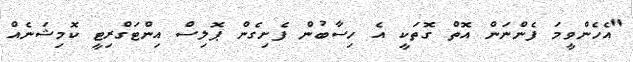
"އެހެންވީމަ ފެންނަން އޮތް ގޮތަކީ އެ ހިސާބުން ފެށިގެން ޕޮލިސް އިންޓަގްރިޓީ ކޮމިޝަނެއް